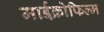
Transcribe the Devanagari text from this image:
माईक्रोफिल्म